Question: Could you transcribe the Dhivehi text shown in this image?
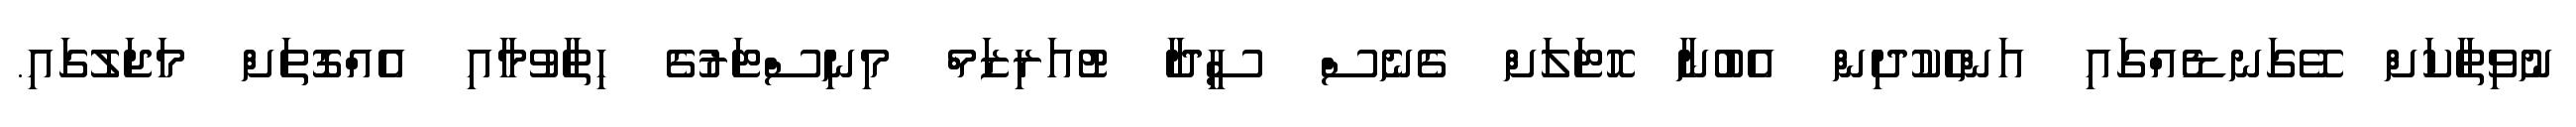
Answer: ނުވިތާކަށް ވޭގަނޑެއްގައި އަންހެކުދިން އެބުނާ ހޮޓަލަށް ގެނެސް ސީދާ ޓުއަރިޒަމް މިނިސްޓަރުގެ ހިތާވުމާއި އެއްގޮތަށް މަޖަލުގައި.